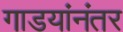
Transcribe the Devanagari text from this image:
गाडयांनंतर